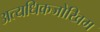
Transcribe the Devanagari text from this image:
अत्यधिकजोखिम